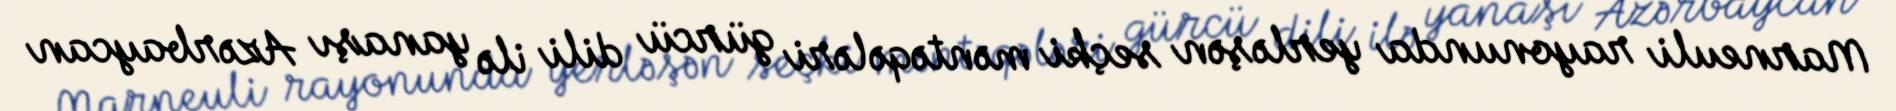
Marneuli rayonunda yerləşən seçki məntəqələri gürcü dili ilə yanaşı Azərbaycan